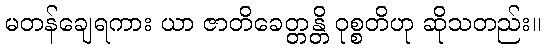
မတန်ချေရကား ယာ ဇာတိခေတ္တန္တိ ဝုစ္စတိဟု ဆိုသတည်း။